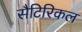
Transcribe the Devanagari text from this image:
सैटिरिकल